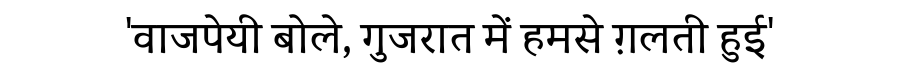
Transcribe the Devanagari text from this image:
'वाजपेयी बोले, गुजरात में हमसे ग़लती हुई'